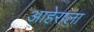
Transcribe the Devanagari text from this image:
आहेराला